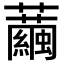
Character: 𧅆